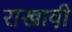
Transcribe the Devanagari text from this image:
राखावी़